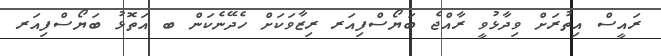
ރައީސް އިތުރަށް ވިދާޅުވީ ރާއްޖެ ބަޔޯސްފިއަރ ރިޒާވަކަށް ހެދޭނެކަން ބ އަތޮޅު ބަޔޯސްފިއަރ